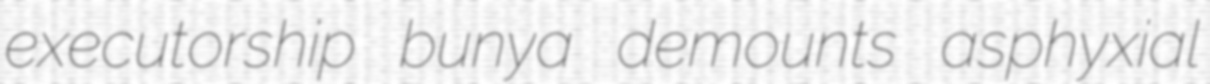
executorship bunya demounts asphyxial